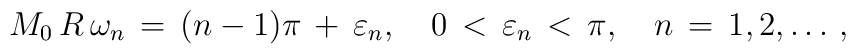
M_0\,R\,\omega_n\,=\,(n-1)\pi\,+\,\varepsilon_n,\quad0\,<\,\varepsilon_n \,<\,\pi, \quad n\,=\,1,2,\dots\,{,}